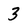
Character: 3